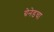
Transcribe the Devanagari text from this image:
ग्रेनेडचा